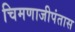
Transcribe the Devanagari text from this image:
चिमणाजीपंतास